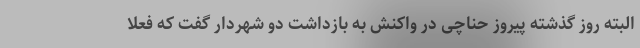
البته روز گذشته پیروز حناچی در واکنش به بازداشت دو شهردار گفت که فعلا